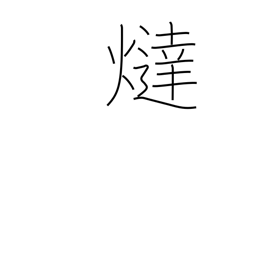
Meaning: foot warmer